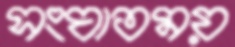
সংঘাতময়